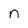
Character: n